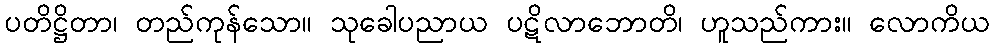
ပတိဋ္ဌိတာ၊ တည်ကုန်သော။ သုခေါပညာယ ပဋိလာဘောတိ၊ ဟူသည်ကား။ လောကိယ